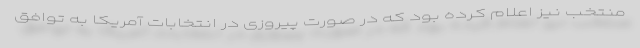
منتخب نیز اعلام کرده بود که در صورت پیروزی در انتخابات آمریکا به توافق